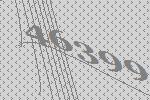
46399